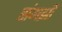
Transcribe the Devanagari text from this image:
संगझी